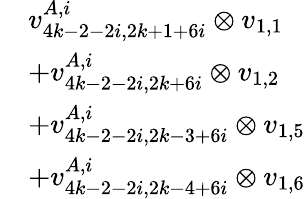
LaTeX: \begin{array}{rl}&{v_{4k-2-2i,2k+1+6i}^{A,i}\otimes v_{1,1}}\\ &{+v_{4k-2-2i,2k+6i}^{A,i}\otimes v_{1,2}}\\ &{+v_{4k-2-2i,2k-3+6i}^{A,i}\otimes v_{1,5}}\\ &{+v_{4k-2-2i,2k-4+6i}^{A,i}\otimes v_{1,6}}\end{array}